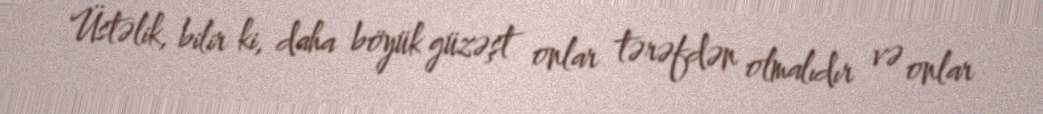
Üstəlik, bilir ki, daha böyük güzəşt onlar tərəfdən olmalıdır və onlar